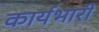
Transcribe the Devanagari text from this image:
कार्यभारी